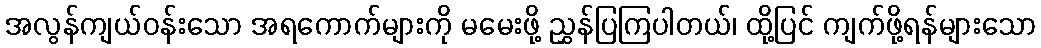
အလွန်ကျယ်ဝန်းသော အရကောက်များကို မမေးဖို့ ညွှန်ပြကြပါတယ်၊ ထို့ပြင် ကျက်ဖို့ရန်များသော